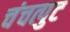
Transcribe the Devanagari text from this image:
चंचत्पुट